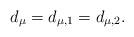
LaTeX: \begin{align*}d_{\mu} = d_{\mu, 1} = d_{\mu, 2}.\end{align*}